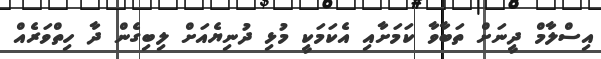
އިސްލާމް ދީނަށް ތަބާވާ ކަމަށާއި އެކަަމަކީ މުޅި ދުނިޔެއަށް ލިބިގެން ދާ ހިތްވަރެއް